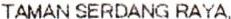
TAMAN SERDANG RAYA,